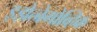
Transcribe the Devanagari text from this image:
इझेत्बेगोव्हिक